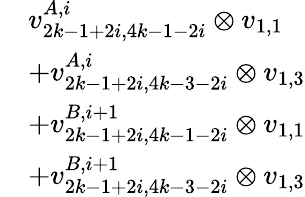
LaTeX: \begin{array}{rl}&{v_{2k-1+2i,4k-1-2i}^{A,i}\otimes v_{1,1}}\\ &{+v_{2k-1+2i,4k-3-2i}^{A,i}\otimes v_{1,3}}\\ &{+v_{2k-1+2i,4k-1-2i}^{B,i+1}\otimes v_{1,1}}\\ &{+v_{2k-1+2i,4k-3-2i}^{B,i+1}\otimes v_{1,3}}\end{array}